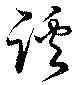
蹊